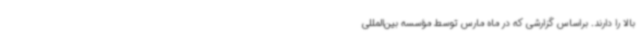
بالا را دارند. براساس گزارشی که در ماه مارس توسط مؤسسه بین‌المللی